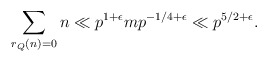
\begin{align*}\sum_{r_{Q}(n) = 0} n \ll p^{1+\epsilon} m p^{-1/4 + \epsilon} \ll p^{5/2 + \epsilon}.\end{align*}